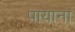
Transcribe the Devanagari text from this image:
पायाना